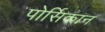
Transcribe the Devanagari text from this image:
पोर्सिकान